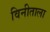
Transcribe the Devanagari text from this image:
विनीताला